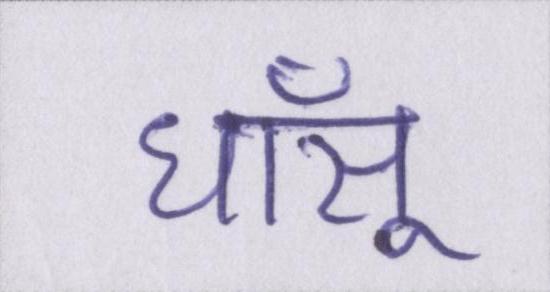
धाँसू